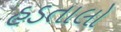
હડતાલો